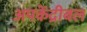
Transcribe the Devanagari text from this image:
अपकेंद्रीबल